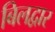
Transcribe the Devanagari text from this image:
बिलद्वार